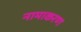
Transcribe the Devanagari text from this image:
नामाकरण्‍ा